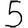
Digit: 5